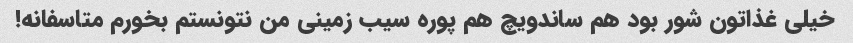
خیلی غذاتون شور بود هم ساندویچ هم پوره سیب زمینى من نتونستم بخورم متاسفانه!